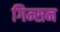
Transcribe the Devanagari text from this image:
गिम्सन